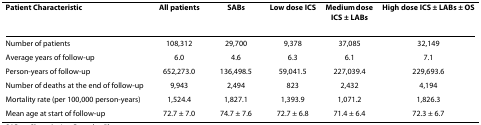
| Patient Characteristic | All patients | SABs | Low dose ICS | Medium dose ICS ± LABs | High dose ICS ± LABs ± OS |
 | --- | --- | --- | --- | --- | --- |
 | Number of patients | 108,312 | 29,700 | 9,378 | 37,085 | 32,149 |
 | Average years of follow-up | 6.0 | 4.6 | 6.3 | 6.1 | 7.1 |
 | Person-years of follow-up | 652,273.0 | 136,498.5 | 59,041.5 | 227,039.4 | 229,693.6 |
 | Number of deaths at the end of follow-up | 9,943 | 2,494 | 823 | 2,432 | 4,194 |
 | Mortality rate (per 100,000 person-years) | 1,524.4 | 1,827.1 | 1,393.9 | 1,071.2 | 1,826.3 |
 | Mean age at start of follow-up | 72.7 ± 7.0 | 74.7 ± 7.6 | 72.7 ± 6.8 | 71.4 ± 6.4 | 72.3 ± 6.7 |